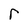
Character: r